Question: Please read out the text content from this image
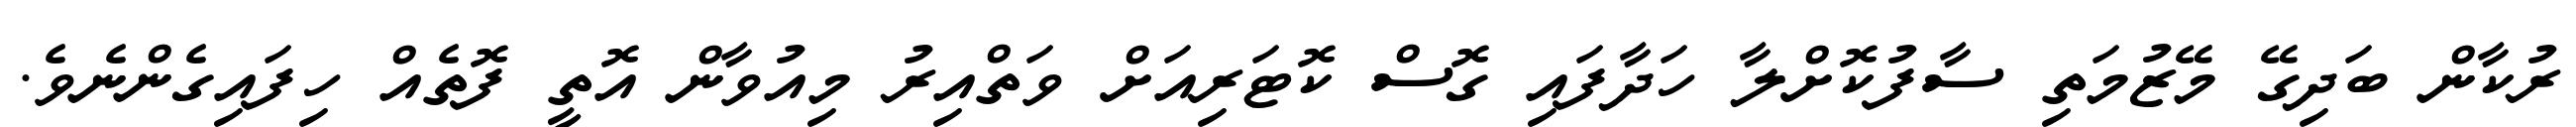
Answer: ރުކާން ބަދިގޭ މޭޒުމަތި ސާފުކޮށްލާ ހަދާފައި ގޮސް ކޮޓަރިއަށް ވަތްއިރު މިއުވާން އޮތީ ފޮތެއް ހިފައިގެންނެވެ.